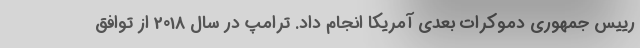
رییس جمهوری دموکرات بعدی آمریکا انجام داد. ترامپ در سال 2018 از توافق